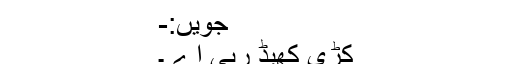
جویں:-
کڑی کھیڈ رہی اے ۔